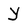
Character: Y